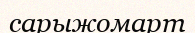
сарыжомарт